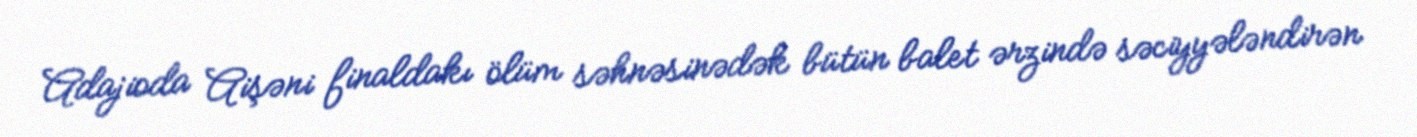
Adajioda Aişəni finaldakı ölüm səhnəsinədək bütün balet ərzində səciyyələndirən